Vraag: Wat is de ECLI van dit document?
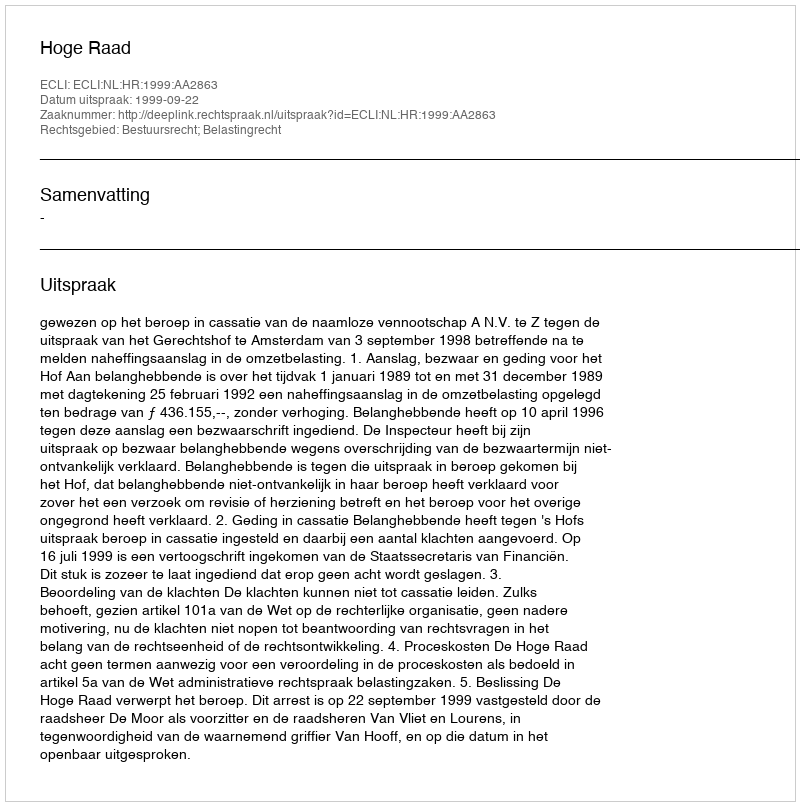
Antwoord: ECLI:NL:HR:1999:AA2863